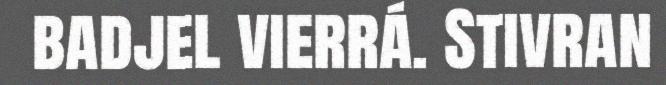
badjel vierrá. Stivran